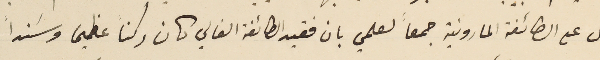
بل على الطائفة المارونية جمعاً لعلمي بان فقيد الطائفة الفالي كان ركناً عظيما وسَنداً